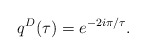
\begin{align*}q^{D}(\tau )=e^{-2i\pi /\tau}.\end{align*}